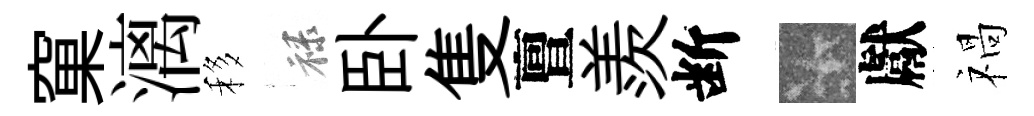
窠漓移禄卧隻亶羨断卡獻禍